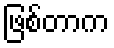
ဖြစ်တာက